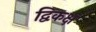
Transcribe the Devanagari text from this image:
द्विकक्ष